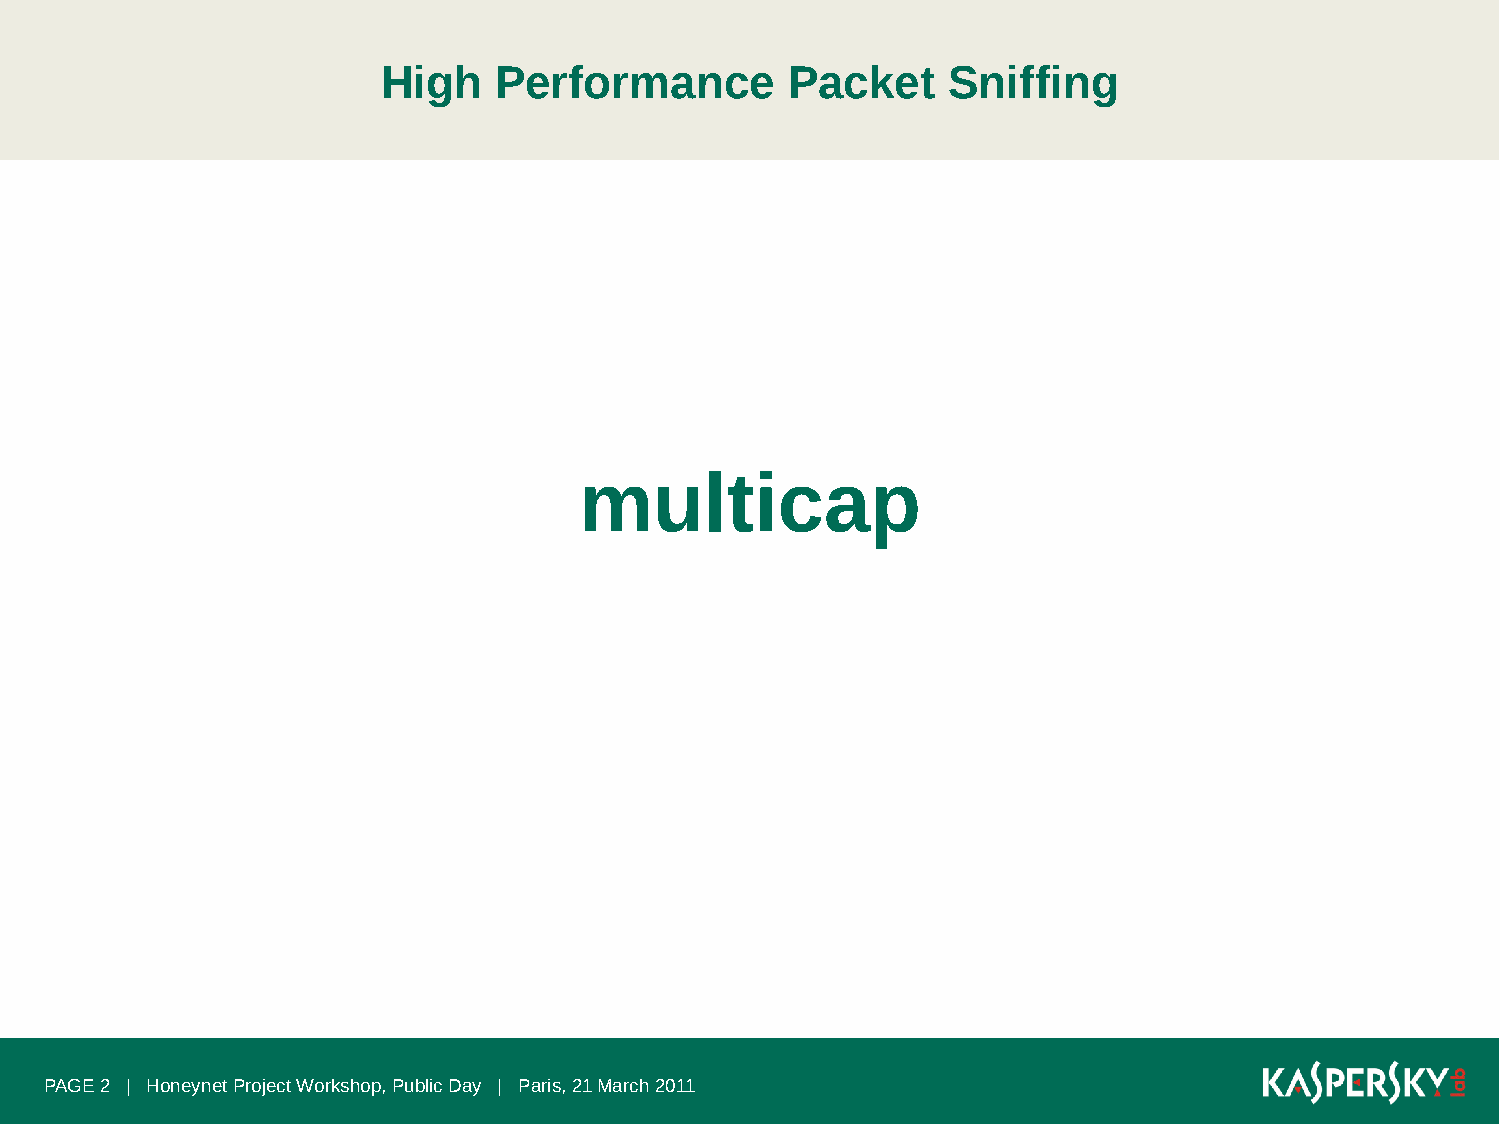
High    Performance        Packet     Sniffing
 multicap
 PAGE 2 | Honeynet Project Workshop, Public Day | Paris, 21 March 2011